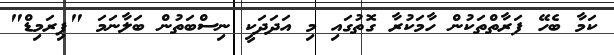
ކަމާ ބެހޭ ފަރާތްތަކުން ހާމަކުރާ ގޮތުގައި މި އަދަދަކީ ނިސްބަތުން ބަލާނަމަ "ޕިރަމިޑް"